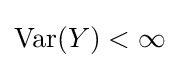
\operatorname {Var} (Y)<\infty